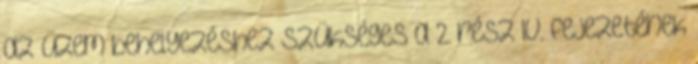
az üzem behelyezéshez szükséges a 2. rész IV. fejezetének